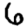
Digit: 6